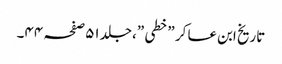
تاریخ ابن عسا کر ”خطی ”،جلد ٥١صفحہ ٤٤۔